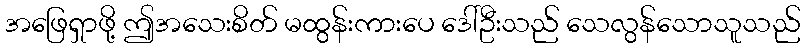
အဖြေရှာဖို့ ဤအသေးစိတ် မထွန်းကားပေ ဒေါ်ဦးသည် သေလွန်သောသူသည်